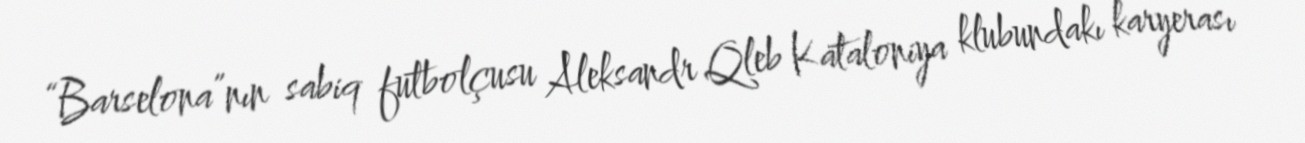
“Barselona”nın sabiq futbolçusu Aleksandr Qleb Kataloniya klubundakı karyerası